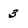
Character: 3